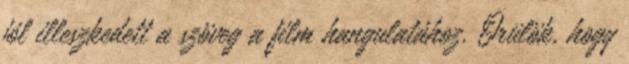
jól illeszkedett a szöveg a film hangulatához. Örülök, hogy